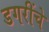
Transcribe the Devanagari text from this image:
डगरींचे